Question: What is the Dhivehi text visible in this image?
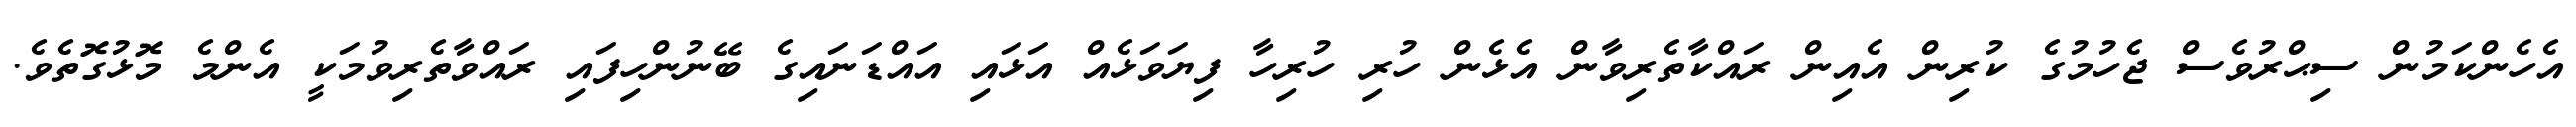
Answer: އެހެންކަމުން ސިޙްރުވެސް ޖެހުމުގެ ކުރިން އެއިން ރައްކާތެރިވާން އެޅެން ހުރި ހުރިހާ ފިޔަވަޅެއް އަޅައި އައްޑަނައިގެ ބޭނުންހިފައި ރައްވާތެރިވުމަކީ އެންމެ މޮޅުގޮތެވެ.